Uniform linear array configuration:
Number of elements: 24
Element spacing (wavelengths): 0.75
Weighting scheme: exponential
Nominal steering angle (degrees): -45
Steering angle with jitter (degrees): -45.634
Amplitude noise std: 0.05
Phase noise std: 0.05

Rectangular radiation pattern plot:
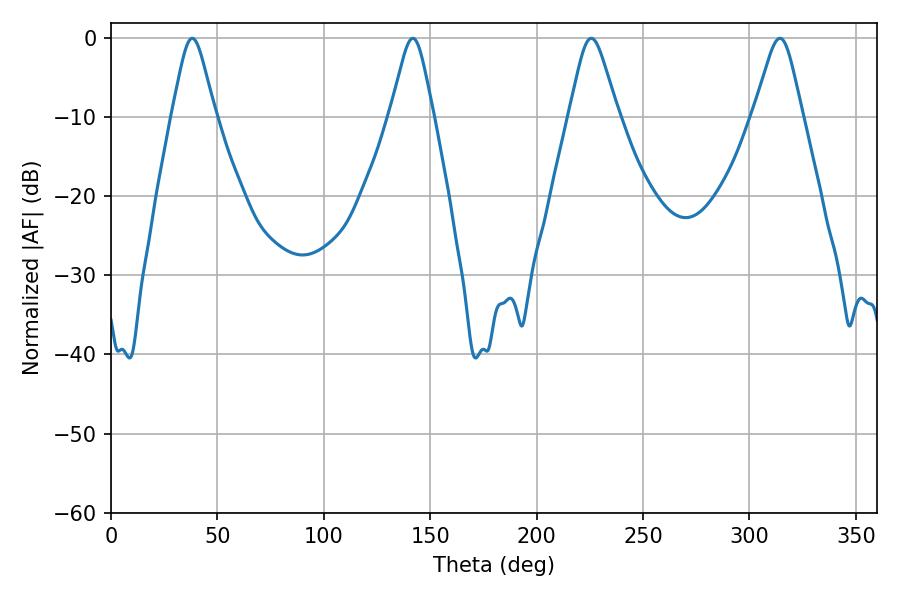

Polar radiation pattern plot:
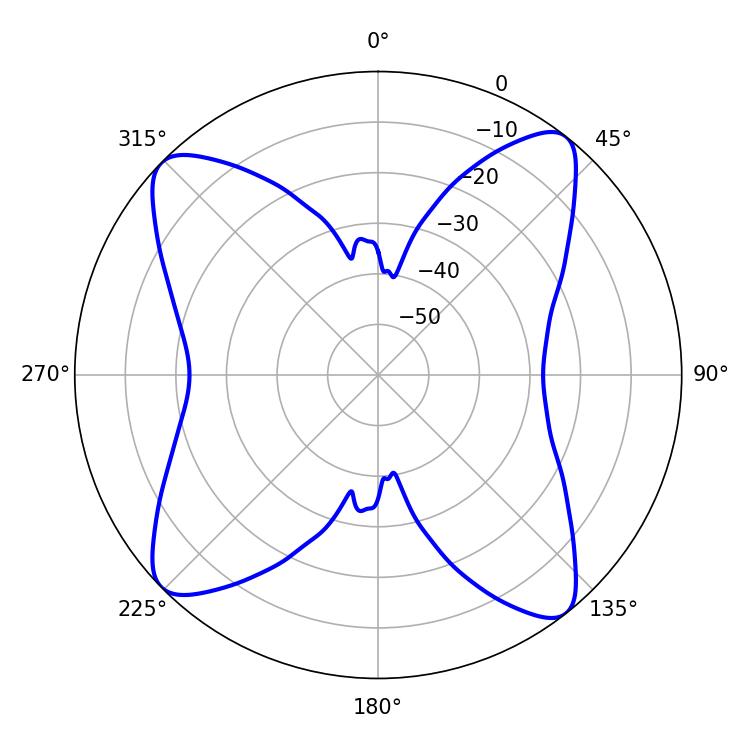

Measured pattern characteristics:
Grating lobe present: TRUE
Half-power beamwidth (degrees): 9.72
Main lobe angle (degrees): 38.16